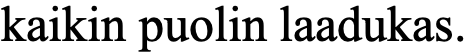
kaikin puolin laadukas.